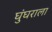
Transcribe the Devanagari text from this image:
घुंघराला